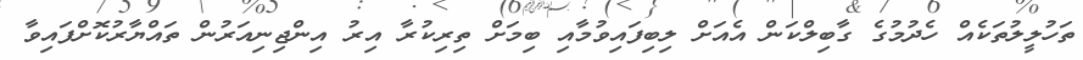
ތަހުލީލުތަކެއް ހެދުމުގެ ގާބިލްކަން އެއަށް ލިބިފައިވުމާއި ބިމަށް ތިރިކުރާ އިރު އިންޖިނިއަރުން ތައްޔާރުކޮށްފައިވާ